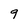
Character: 9